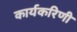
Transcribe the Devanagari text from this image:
कार्यकरिणी